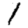
Digit: 1